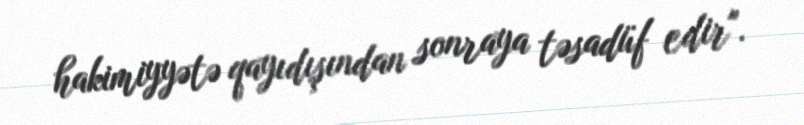
hakimiyyətə qayıdışından sonraya təsadüf edir".